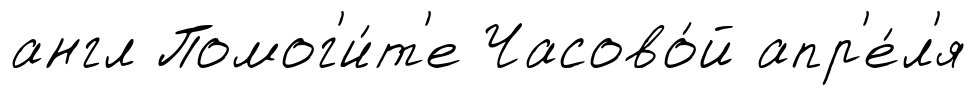
англ Помог'и́т'е Часово́й апр'е́л'я